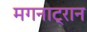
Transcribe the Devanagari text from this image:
मगनाट्रान